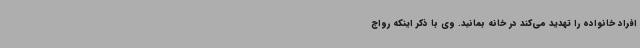
افراد خانواده را تهدید می‌کند در خانه بمانید. وی با ذکر اینکه رواج